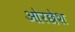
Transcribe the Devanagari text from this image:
ओरछेश